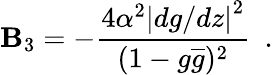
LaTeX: \mathbf{B}_{3}=-\frac{{4\alpha^{2}\left|dg/dz\right|^{2}}}{{(1-g\overline{{{{g}}}})^{2}}}~~.